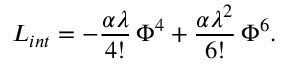
L _ { i n t } = - \frac { \alpha \lambda } { 4 ! } \, \Phi ^ { 4 } + \frac { \alpha \lambda ^ { 2 } } { 6 ! } \, \Phi ^ { 6 } .